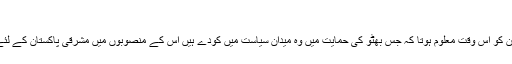
”
کاش کہ اصغر خان کو اس وقت معلوم ہوتا کہ جس بھٹو کی حمایت میں وہ میدانِ سیاست میں کودے ہیں اس کے منصوبوں میں مشرقی پاکستان کے لئے کوئی جگہ نہیں۔